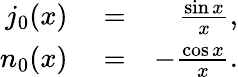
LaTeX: \begin{array}{rlr}{j_{0}(x)}&{{}=}&{\frac{\sin x}{x},}\\ {n_{0}(x)}&{{}=}&{-\frac{\cos x}{x}.}\end{array}